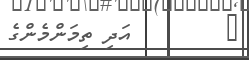
٤        އަދި ތިމަންމެންގެ